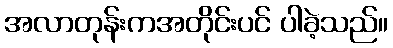
အလာတုန်းကအတိုင်းပင် ပါခဲ့သည်။